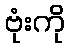
ဗုံးကို